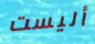
أليست